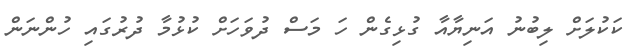
ކަކުލަށް ލިބުނު އަނިޔާއާ ގުޅިގެން ހަ މަސް ދުވަހަށް ކުޅުމާ ދުރުގައި ހުންނަން